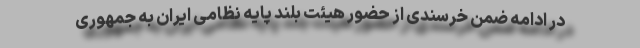
در ادامه ضمن خرسندی از حضور هیئت بلند پایه نظامی ایران به جمهوری